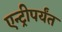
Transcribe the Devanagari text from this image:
एन्ट्रीपर्यंत